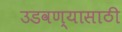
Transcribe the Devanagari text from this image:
उडवण्यासाठी